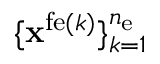
\{ { \bf x } ^ { \mathrm { f e } ( k ) } \} _ { k = 1 } ^ { n _ { \mathrm { e } } }